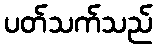
ပတ်သက်သည်